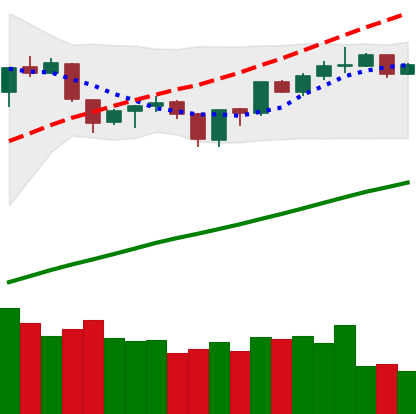
Ticker: ETH-USD
Chart end date: 2019-06-19
Forward return: 15.215%
Label: up_7plus